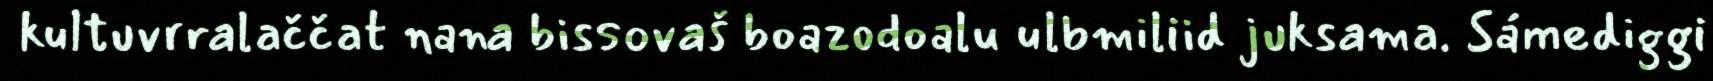
kultuvrralaččat nana bissovaš boazodoalu ulbmiliid juksama. Sámediggi